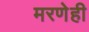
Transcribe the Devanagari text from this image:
मरणेही